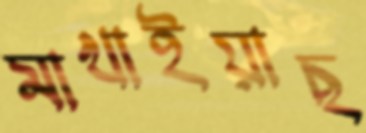
মাখাইয়াছ